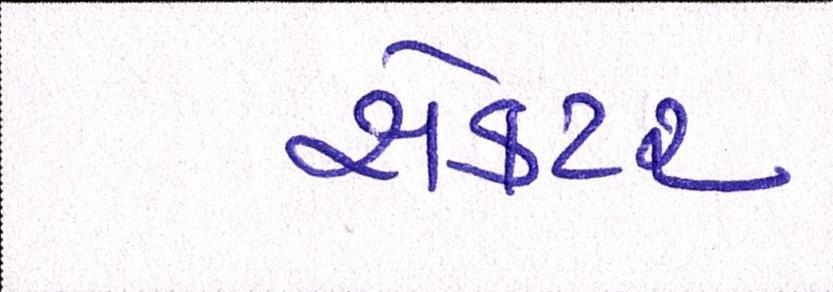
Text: સેકટર